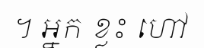
។ អ្នក ខ្លះ ហៅ